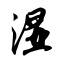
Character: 湿